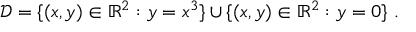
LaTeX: { \mathcal { D } } = \{ ( x , y ) \in \mathbb { R } ^ { 2 } : y = x ^ { 3 } \} \cup \{ ( x , y ) \in \mathbb { R } ^ { 2 } : y = 0 \} \ .